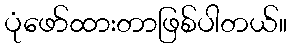
ပုံဖော်ထားတာဖြစ်ပါတယ်။